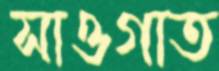
সাওগাত